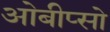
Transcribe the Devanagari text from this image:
ओबीप्‍सो